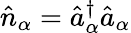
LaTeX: \hat{n}_{\alpha}=\hat{a}_{\alpha}^{\dagger}\hat{a}_{\alpha}